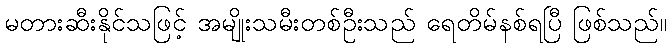
မတားဆီးနိုင်သဖြင့် အမျိုးသမီးတစ်ဦးသည် ရေတိမ်နစ်ရပြီ ဖြစ်သည်။